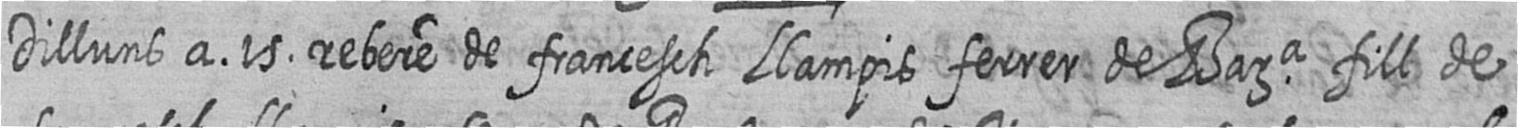
Dilluns a 15 rebere de francesch Llampis ferrer de Bara fill de